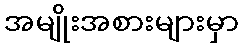
အမျိုးအစားများမှာ